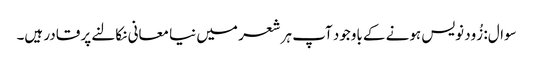
سوال: زُود نویس ہونے کے باوجود آپ ہر شعر میں نیا معانی نکالنے پر قادر ہیں۔